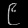
Digit: ၉